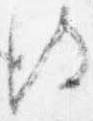
彼